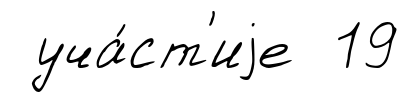
уча́ст'иjе 19